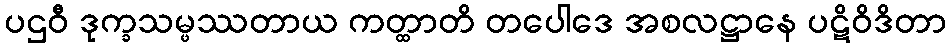
ပဌဝီ ဒုက္ခသမ္ဖဿတာယ ကတ္ထာတိ တပေါဒေ အစလဋ္ဌာနေ ပဋိဝိဒိတာ